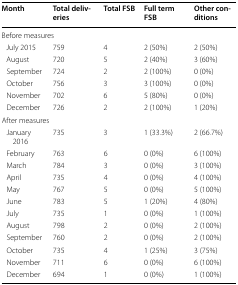
| Month | Total deliveries | Total FSB | Full term FSB | Other conditions |
 | --- | --- | --- | --- | --- |
 | <COLSPAN=5> Before measures |
 | July 2015 | 759 | 4 | 2 (50%) | 2 (50%) |
 | August | 720 | 5 | 2 (40%) | 3 (60%) |
 | September | 724 | 2 | 2 (100%) | 0 (0%) |
 | October | 756 | 3 | 3 (100%) | 0 (0%) |
 | November | 702 | 6 | 5 (80%) | 0 (0%) |
 | December | 726 | 2 | 2 (100%) | 1 (20%) |
 | <COLSPAN=5> After measures |
 | January 2016 | 735 | 3 | 1 (33.3%) | 2 (66.7%) |
 | February | 763 | 6 | 0 (0%) | 6 (100%) |
 | March | 784 | 3 | 0 (0%) | 3 (100%) |
 | April | 735 | 4 | 0 (0%) | 4 (100%) |
 | May | 767 | 5 | 0 (0%) | 5 (100%) |
 | June | 783 | 5 | 1 (20%) | 4 (80%) |
 | July | 735 | 1 | 0 (0%) | 1 (100%) |
 | August | 798 | 2 | 0 (0%) | 2 (100%) |
 | September | 760 | 2 | 0 (0%) | 2 (100%) |
 | October | 735 | 4 | 1 (25%) | 3 (75%) |
 | November | 711 | 6 | 0 (0%) | 6 (100%) |
 | December | 694 | 1 | 0 (0%) | 1 (100%) |